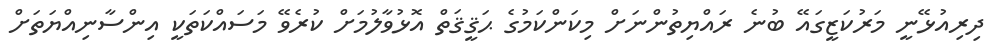
ދިރިއުޅޭނީ މަރުކަޒީގައޭ ބުނެ ރައްޔިތުންނަށް މިކަންކަމުގެ ޙަޤީޤަތް އޮޅުވާލުމަށް ކުރެވޭ މަސައްކަތަކީ އިންސާނިއްޔަތަށް